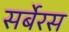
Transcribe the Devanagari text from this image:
सर्बेरस